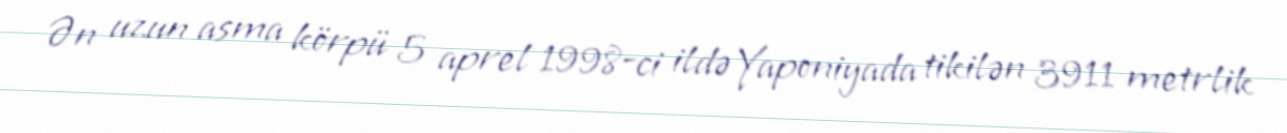
Ən uzun asma körpü 5 aprel 1998-ci ildə Yaponiyada tikilən 3911 metrlik